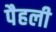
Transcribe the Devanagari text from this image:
पैहली